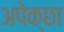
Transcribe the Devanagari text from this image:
अपेक्छा